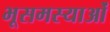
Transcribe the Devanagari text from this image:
भूसमस्याओं